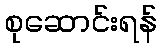
စုဆောင်းရန်